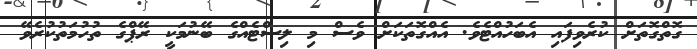
ގޮތްގޮތަށް ކުރެވިފައި އެބަހުއްޓެވެ. އެއްގޮތަކަށް ވެސް މި ލިސްޓެއްގެ ބޭނުމަކީ ރޭޕްގެ ތުހުމަތުކުރެވޭ